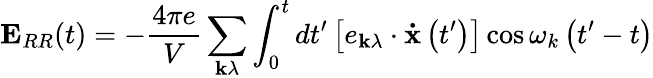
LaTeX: \mathbf{E}_{RR}(t)=-{\frac{4\pi e}{V}}\sum_{\mathbf{k}\lambda}\int_{0}^{t}dt^{\prime}\left[e_{\mathbf{k}\lambda}\cdot\mathbf{\dot{x}}\left(t^{\prime}\right)\right]\cos\omega_{k}\left(t^{\prime}-t\right)